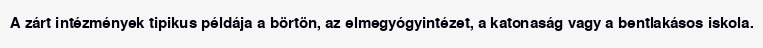
A zárt intézmények tipikus példája a börtön, az elmegyógyintézet, a katonaság vagy a bentlakásos iskola.